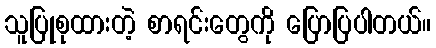
သူပြုစုထားတဲ့ စာရင်းတွေကို ပြောပြပါတယ်။